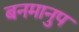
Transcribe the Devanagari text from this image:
बनमानुप